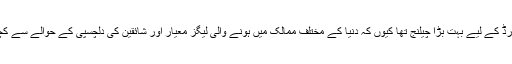
اس ایونٹ کا انعقاد ہی پاکستان کرکٹ بورڈ کے لیے بہت بڑا چیلنج تھا کیوں کہ دنیا کے مختلف ممالک میں ہونے والی لیگز معیار اور شائقین کی دلچسپی کے حوالے سے کچھ زیادہ کامیاب ثابت نہیں ہو سکی تھیں۔